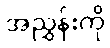
အညွှန်းကို